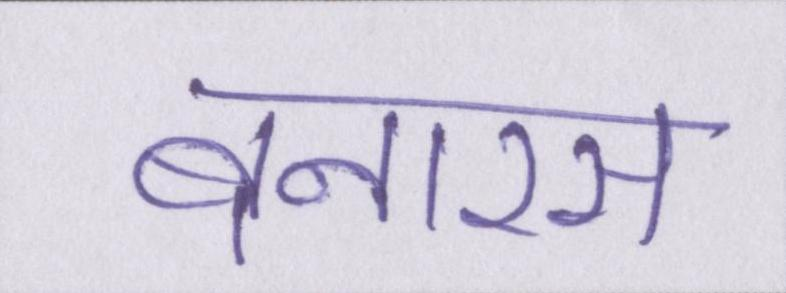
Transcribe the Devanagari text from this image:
बनारस